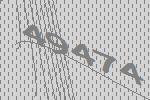
49474